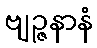
ဗျဉ္ဇနာနံ